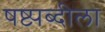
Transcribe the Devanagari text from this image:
षष्ट्यब्दीला